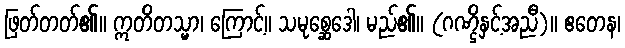
ဖြတ်တတ်၏။ ဣတိတသ္မာ၊ ကြောင့်။ သမုစ္ဆေဒေါ၊ မည်၏။ (ဂဏ္ဌိနှင့်အညီ)။ ဧတေန၊